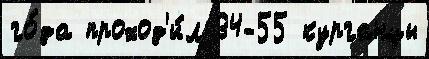
го́да проход'и́л 34-55 курганцы